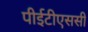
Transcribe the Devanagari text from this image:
पीईटीएससी